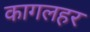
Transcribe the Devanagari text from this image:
कागलहर